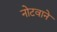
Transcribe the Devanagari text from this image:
नोटवाने